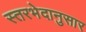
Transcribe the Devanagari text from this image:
स्तरभेदानुसार